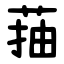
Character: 菗